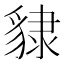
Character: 𧳙